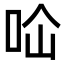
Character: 𭇔